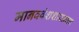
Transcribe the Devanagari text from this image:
मानववंशशास्त्राचा